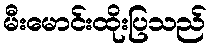
မီးမောင်းထိုးပြသည်